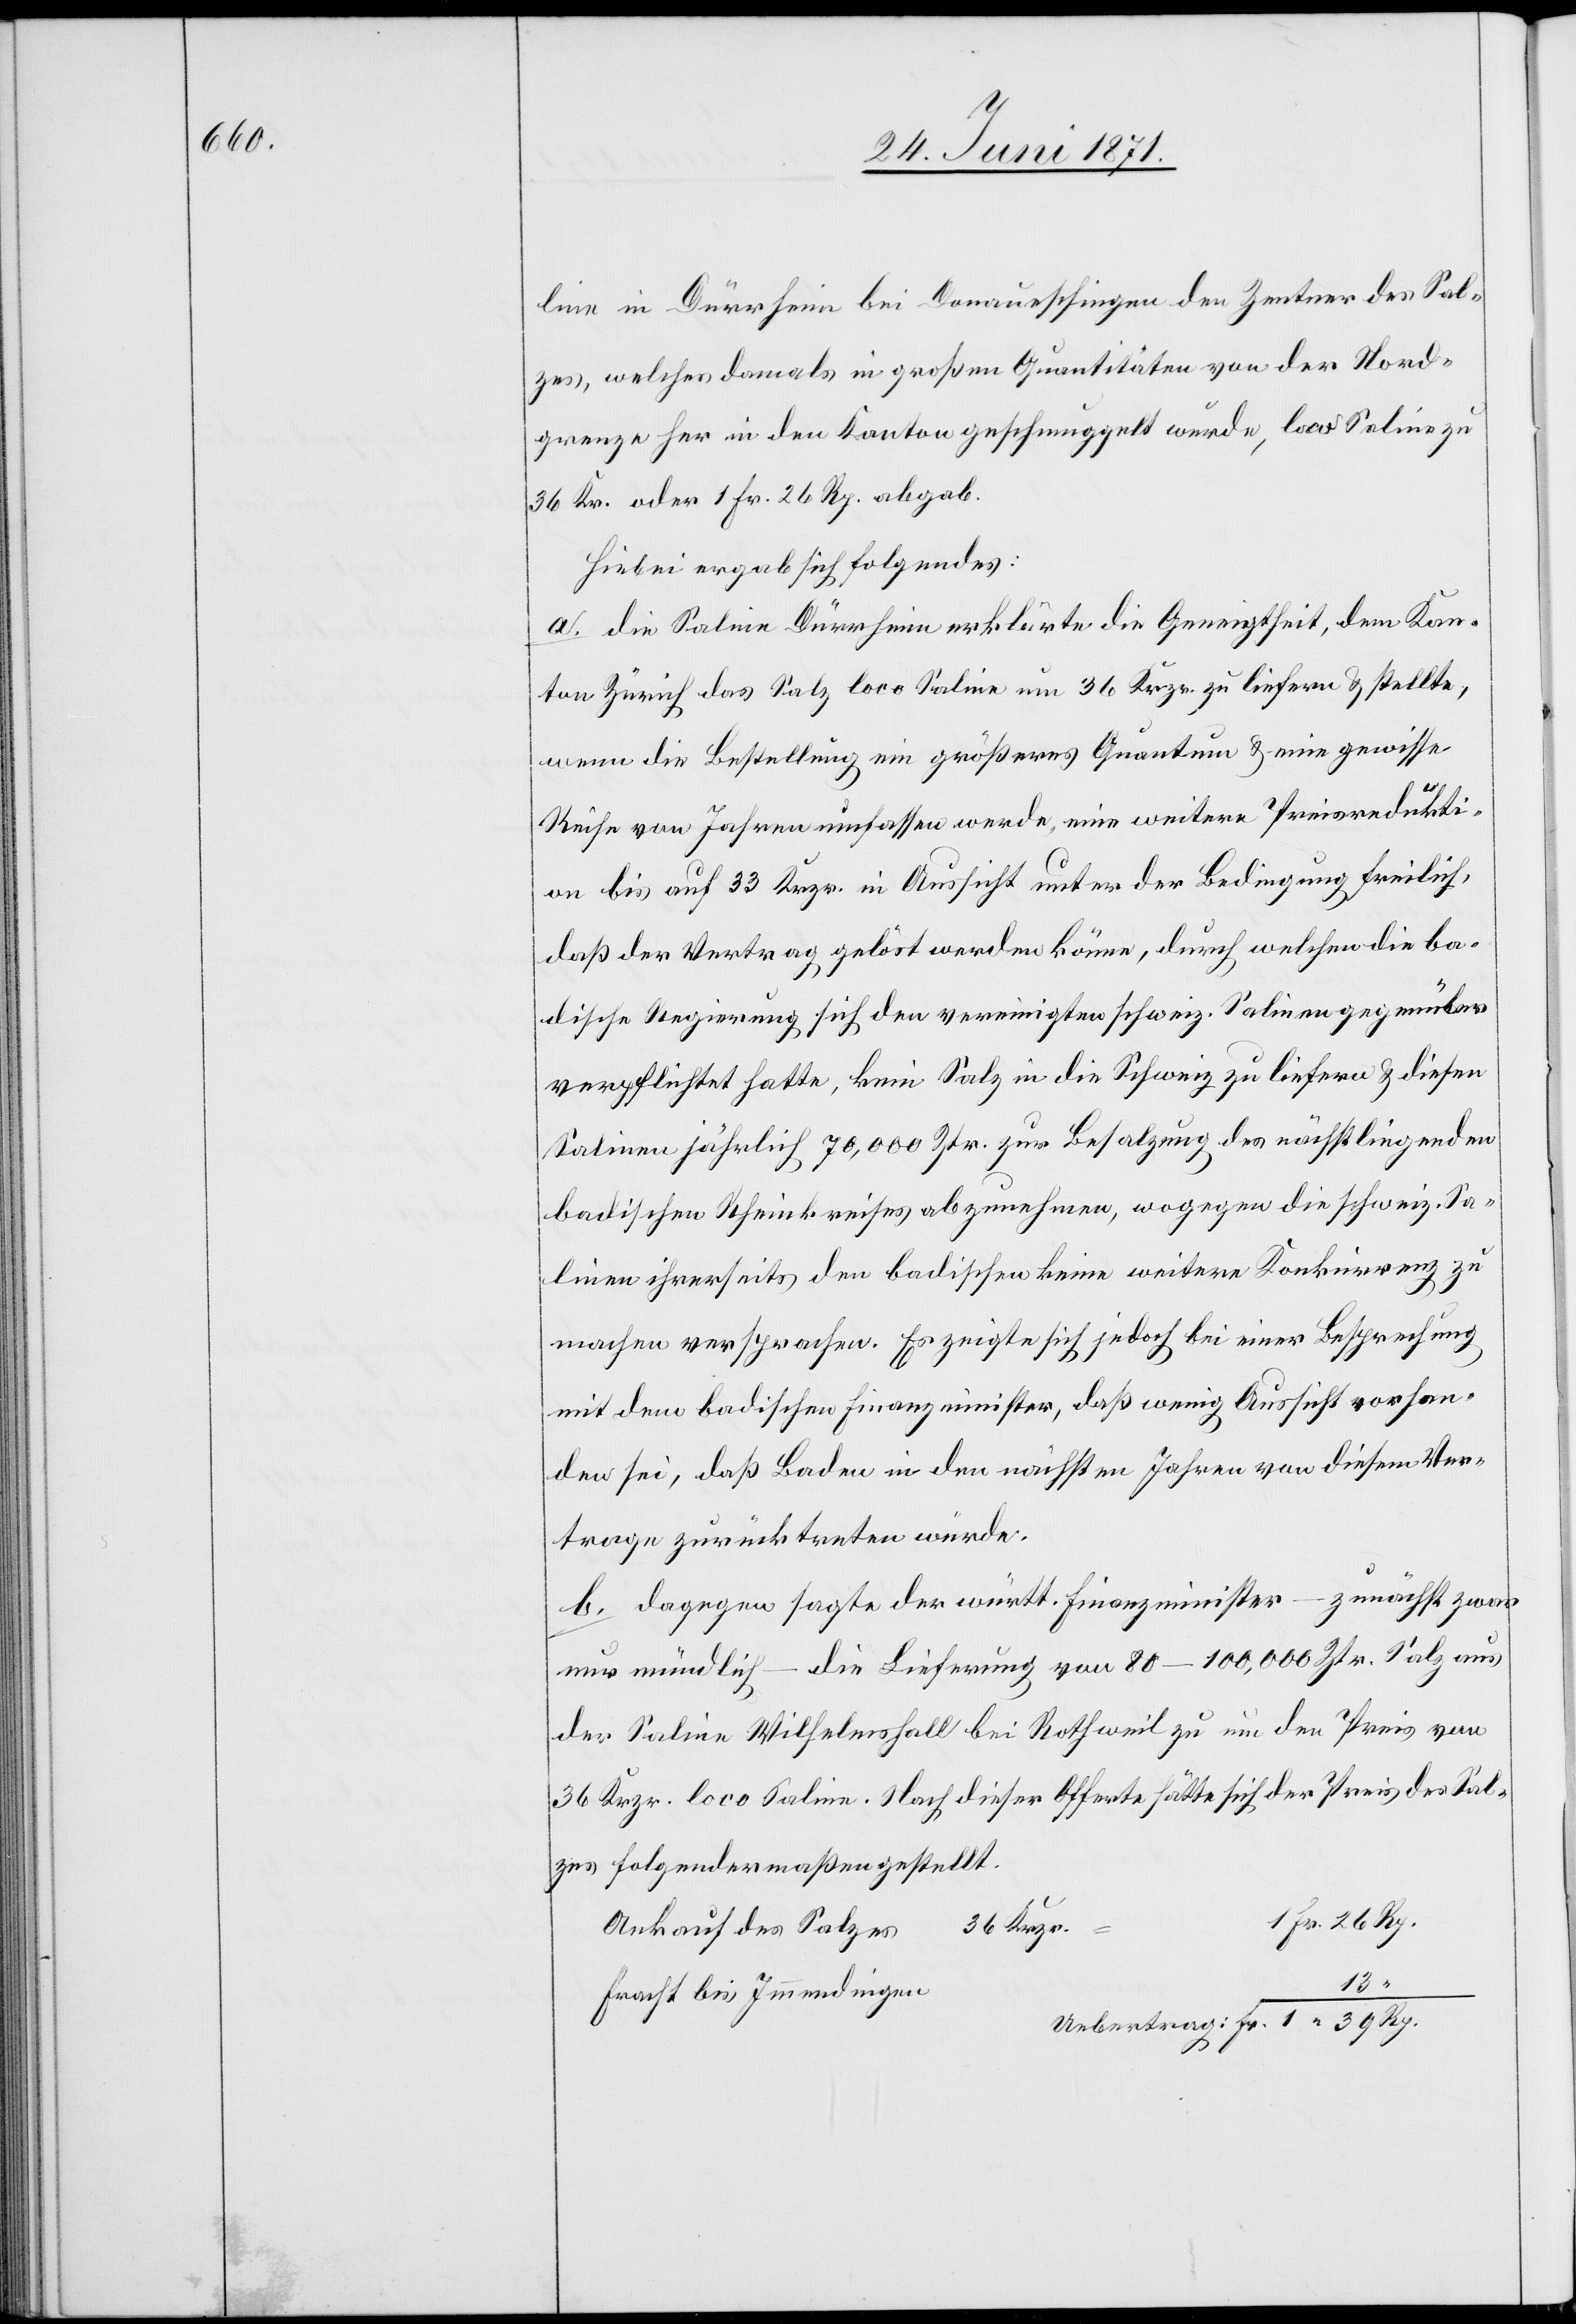
1.
line in Dürrheim bei Donaueschingen den Zentner des Sal¬
zes, welches damals in großen Quantitäten von der Nord¬
grenze her in den Kanton geschmuggelt wurde, loco Saline zu
36 Kr. oder 1 Fr. 26 Rp. abgab.
Hiebei ergab sich folgendes:
a. die Saline Dürrheim erklärte die Geneigtheit, dem Kan¬
ton Zürich das Salz loco Saline um 36 Krzr. zu liefern u. stellte,
wenn die Bestellung ein größeres Quantum u. eine gewisse
Reihe von Jahren umfassen werde, eine weitere Preisredukti¬
on bis auf 33 Krzr. in Aussicht unter der Bedingung freilich,
daß der Vertrag gelöst werden könne, durch welchen die ba¬
dische Regierung sich den vereinigten schweiz. Salinen gegenüber
verpflichtet hatte, kein Salz in die Schweiz zu liefern u. diesen
Salinen jährlich 70,000 Ztr. zur Besalzung des nächstliegenden
badischen Rheinkreises abzunehmen, wogegen die schweiz. Sa¬
linen ihrerseits den badischen keine weitere Konkurrenz zu
machen versprachen. Es zeigte sich jedoch bei einer Besprechung
mit dem badischen Finanzminister, daß wenig Aussicht vorhan¬
den sei, daß Baden in den nächsten Jahren von diesem Ver¬
trage zurücktreten würde.
b. dagegen sagte der württ. Finanzminister – zunächst zwar
nur mündlich – die Lieferung von 80–10,000 Ztr. Salz aus
der Saline Wilhelmshall bei Rothweil zu um den Preis von
36 Krzr. loco Saline. Nach dieser Offerte hätte sich der Preis des Sal¬
zes folgendermaßen gestellt.
36 Krzr.
26
Ankauf des Salzes
Fracht bis Immendingen